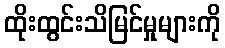
ထိုးထွင်းသိမြင်မှုများကို